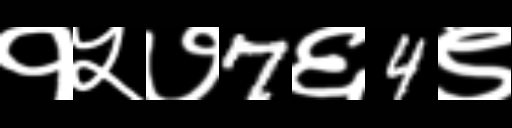
Text: १५७7६4९